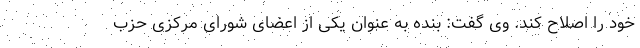
خود را اصلاح کند. وی گفت: بنده به عنوان یکی از اعضای شورای مرکزی حزب